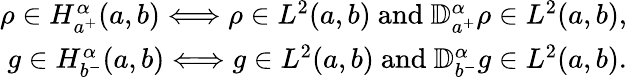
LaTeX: \begin{array}{r}{\rho\in{H_{a^{+}}^{\alpha}(a,b)}\Longleftrightarrow\rho\in L^{2}(a,b)\mathrm{~and~}{\mathbb D}_{a^{+}}^{\alpha}\rho\in L^{2}(a,b),}\\ {g\in{H_{b^{-}}^{\alpha}(a,b)}\Longleftrightarrow g\in L^{2}(a,b)\mathrm{~and~}{\mathbb D}_{b^{-}}^{\alpha}g\in L^{2}(a,b).}\end{array}